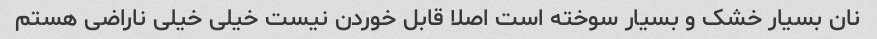
نان بسیار خشک و بسیار سوخته است اصلا قابل خوردن نیست خیلی خیلی ناراضی هستم